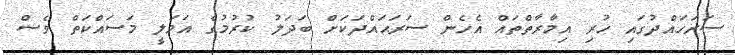
ސަރަހައްދުގައި ހުރި އިމާރާތްތައް އެހެން ސަރަޙައްދަކަށް ބަދަލު ކުރުމުގެ އަމަލީ މަސައްކަތް ވެސް